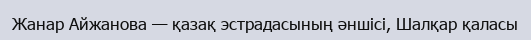
Жанар Айжанова — қазақ эстрадасының әншісі, Шалқар қаласы